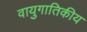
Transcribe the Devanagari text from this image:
वायुगातिकीय